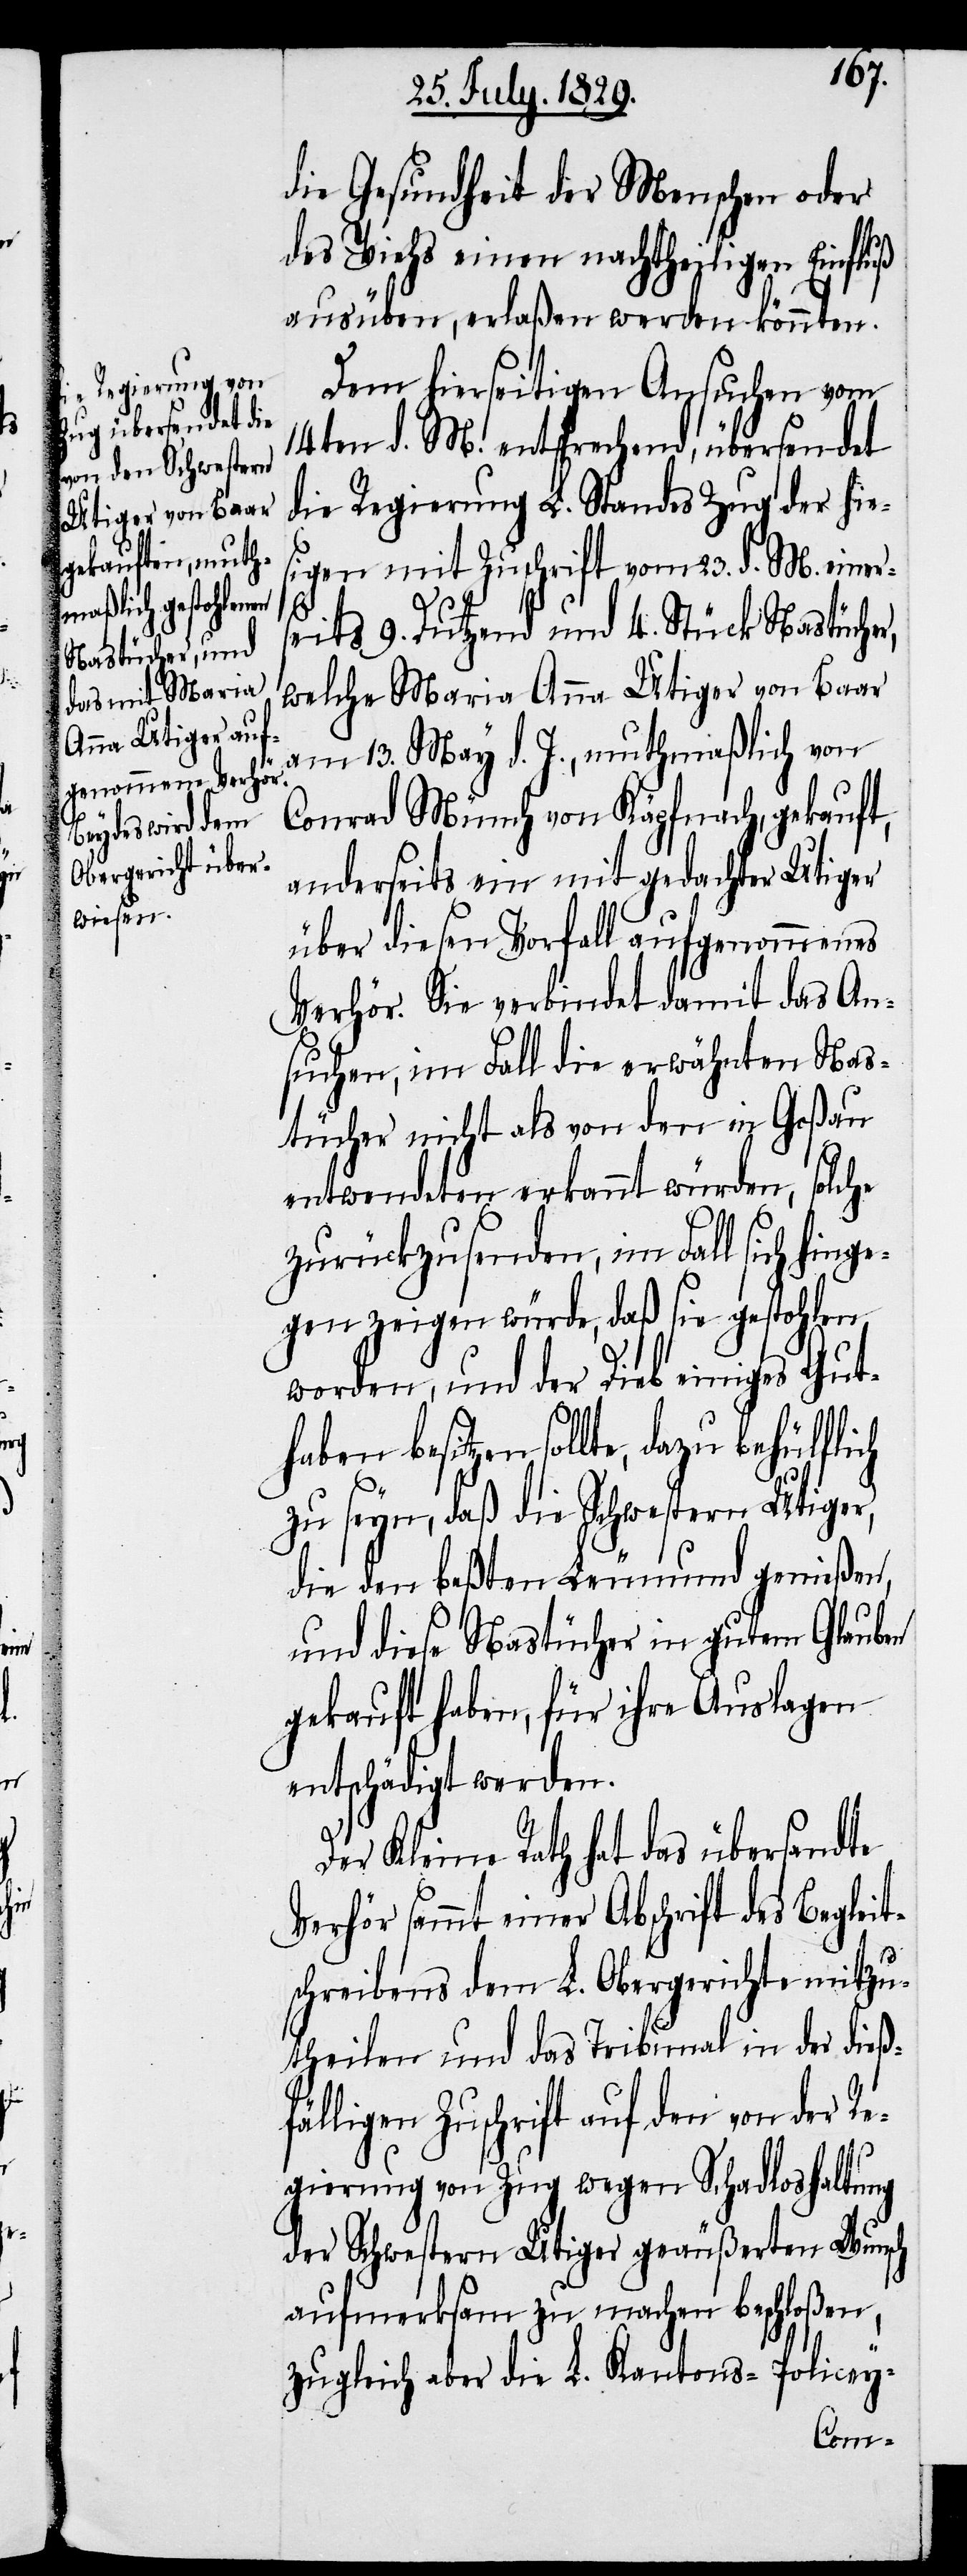
die Gesundheit der Menschen oder
des Viehs einen nachtheiligen Einfluß
ausüben, erlaßen werden könnten.
Dem hierseitigen Ansuchen vom
14ten d. M. entsprechend, übersendet
die Regierung L. Standes Zug der hie¬
sigen mit Zuschrift vom 23. d. M. einer¬
ch
seits 9. Dutzend und 4. Stück Nastücher,
welche Maria Anna Utiger von Baar
am 13. May d. J., muthmaßlich von
Conrad Münch von Käpfnach, gekauft,
anderseits ein mit gedachter Utiger
über diesen Vorfall aufgenommenes
Verhör. Sie verbindet damit das An¬
suchen, im Fall die erwähnten Nas¬
tücher nicht als von den in Goßau
entwendeten erkannt würden, solche
zurückzusenden, im Fall sich hing¬
egen zeigen würde, daß sie gestohlen
worden, und der Dieb einiges Gut¬
haben besitzen sollte, dazu behülfli¬
zu seyn, daß die Schwestern Utiger,
die den besten Leumund genießen,
und diese Nastücher in gutem Glauben
gekauft haben, für ihre Auslagen
entschädigt werden.
Der Kleine Rath hat das übersandte
Verhör sammt einer Abschrift des Begleit¬
schreibens dem L. Obergericht mitzu¬
theilen und das Tribunal in der dießf¬
älligen Zuschrift auf den von der R¬
egierung von Zug wegen Schadloshaltung
der Schwestern Utiger geäußerten Wunsch
aufmerksam zu machen beschloßen,
zugleich aber die L. Kantons-Policey-